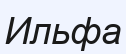
Ильфа